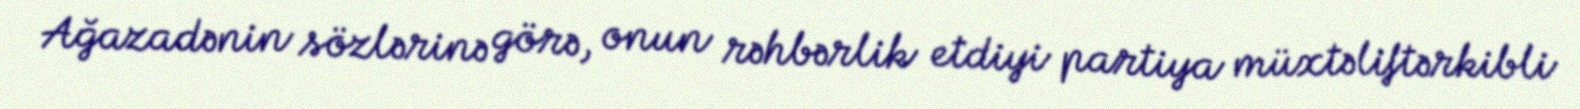
Ağazadənin sözlərinə görə, onun rəhbərlik etdiyi partiya müxtəliftərkibli